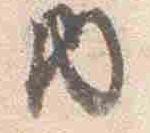
内